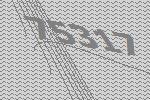
75317